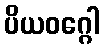
ပိယဝဂ္ဂေါ